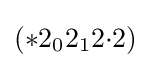
(*2_{0}2_{1}2{\cdot }2)